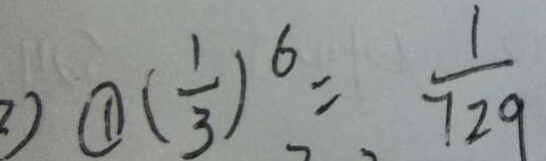
2 ) \textcircled { 1 } ( \frac { 1 } { 3 } ) ^ { 6 } = \frac { 1 } { 7 2 9 }